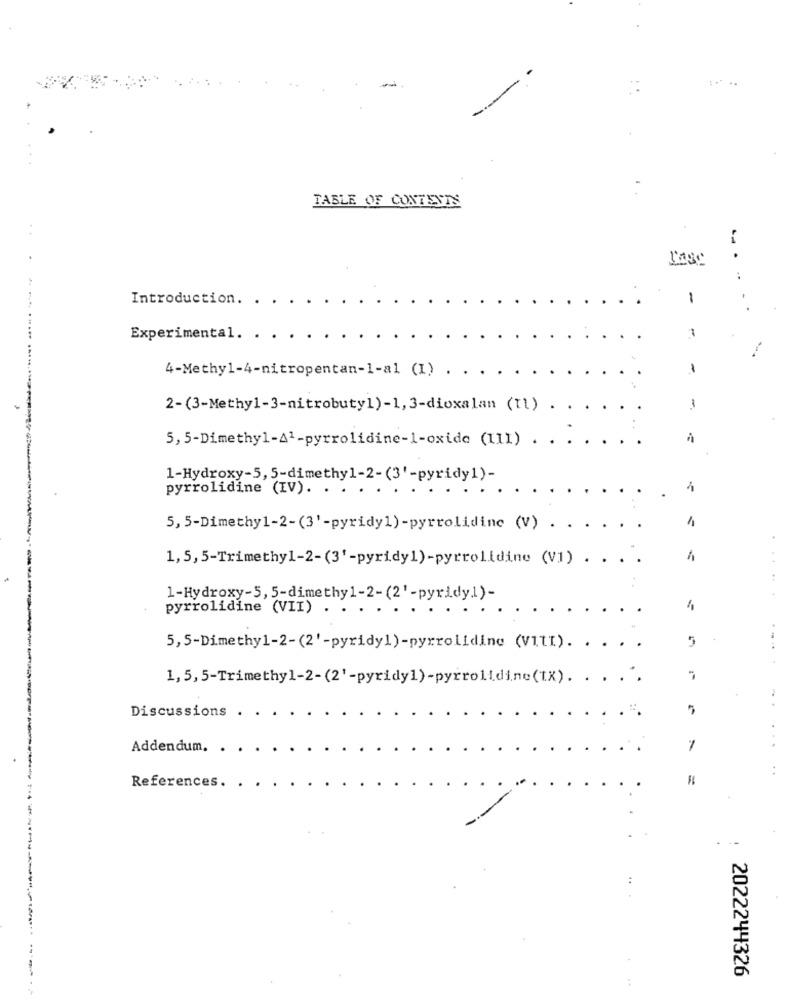
TABLE OF CONTENTS
Case
---
Introduction. .
-
Experimental. .
1
4-Methyl-4-nitropentan-1-al (I)
1
2-(3-Methyl-3-nitrobuty1)-1,3-dioxalan (11) .
1
5, 5-Dimethyl-A1-pyrrolidine-1-oxide (111) .
1-Hydroxy-5, 5-dimethy1-2-(3'-pyridy1)-
pyrrolidine (IV).
1
--
5, 5-Dimethy1-2-(3'-pyridy1)-pyrrolidine (V) .
1,5,5-Trimethyl-2-(3'-pyridy1)-pyrrolidine (V1) . ...
1-Hydroxy-5, 5-dimethy1-2-(2'-pyridy1)-
pyrrolidine (VII) .
5
5,5-Dimethy1-2-(2'-pyridy1)-pyrrolidine (VItI). .
.
1, 5, 5-Trimethyl-2-(2'-pyridy1)-pyrrolidine(tX) .. .. .
Discussions
5
.
Addendum.
7
..
References.
2022244326